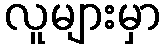
လူများမှာ